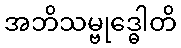
အဘိသမ္ဗုဒ္ဓေါတိ